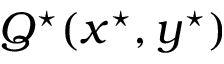
Q ^ { \star } ( x ^ { \star } , y ^ { \star } )